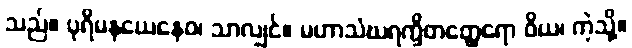
သည်။ ပုရိမနယေနေဝ၊ သာလျှင်။ မဟာသံဃရက္ခိတတ္ထေရော ဝိယ၊ ကဲ့သို့။